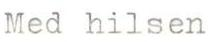
Med hilsen